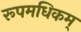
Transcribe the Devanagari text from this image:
रूपमधिकम्